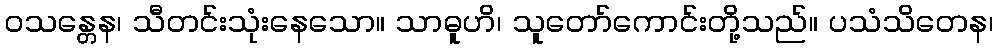
ဝသန္တေန၊ သီတင်းသုံးနေသော။ သာဓူဟိ၊ သူတော်ကောင်းတို့သည်။ ပသံသိတေန၊